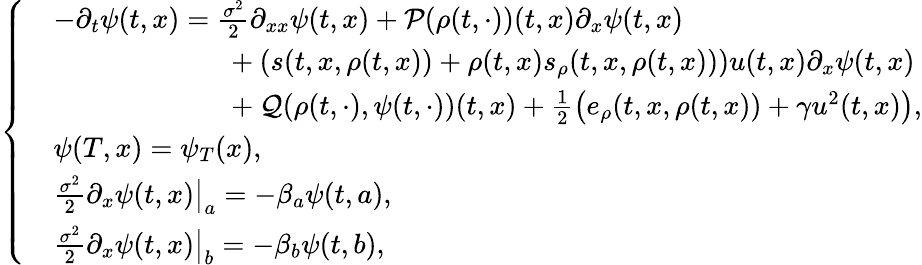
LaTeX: \left\{ \begin{array}{rl}&{-\partial_{t}\psi(t,x)=\frac{\sigma^{2}}{2}\partial_{xx}\psi(t,x)+\mathcal{P}(\rho(t,\cdot))(t,x)\partial_{x}\psi(t,x)}\\ &{\phantom{-\partial_{t}\psi(t,x)=\; \; }+(s(t,x,\rho(t,x))+\rho(t,x)s_{\rho}(t,x,\rho(t,x)))u(t,x)\partial_{x}\psi(t,x)}\\ &{\phantom{-\partial_{t}\psi(t,x)=\; \; }+\mathcal{Q}(\rho(t,\cdot),\psi(t,\cdot))(t,x)+\frac{1}{2}\left(e_{\rho}(t,x,\rho(t,x))+\gamma u^{2}(t,x)\right),}\\ &{\psi(T,x)=\psi_{T}(x),}\\ &{\frac{\sigma^{2}}{2}\partial_{x}\psi(t,x)\big|_{a}=-\beta_{a}\psi(t,a),}\\ &{\frac{\sigma^{2}}{2}\partial_{x}\psi(t,x)\big|_{b}=-\beta_{b}\psi(t,b),}\end{array}\right.